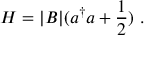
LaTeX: H = | { \cal B } | ( a ^ { \dagger } a + \frac { 1 } { 2 } ) ~ .